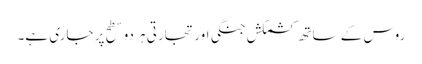
روس کے ساتھ کشمکش جنگی اور تجارتی ہر دو سطح پر جاری ہے۔